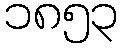
၁၈၅၃